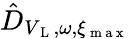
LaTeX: \hat{D}_{V_{\mathrm{~L~}},\omega,\xi_{\mathrm{~m~a~x~}}}